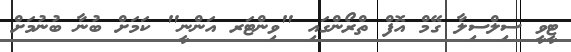
ޓީވީ ސިލްސިލާ ގޭމް އޮފް ތްރޯންގައި "ވިންޓަރ އަންނީ" ކަމަށް ބުނާ ބުނުމަށް